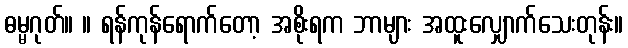
ဓမ္မဂုတ်။ ။ ရန်ကုန်ရောက်တော့ အစိုးရက ဘာများ အထူးလျှောက်သေးတုန်း။